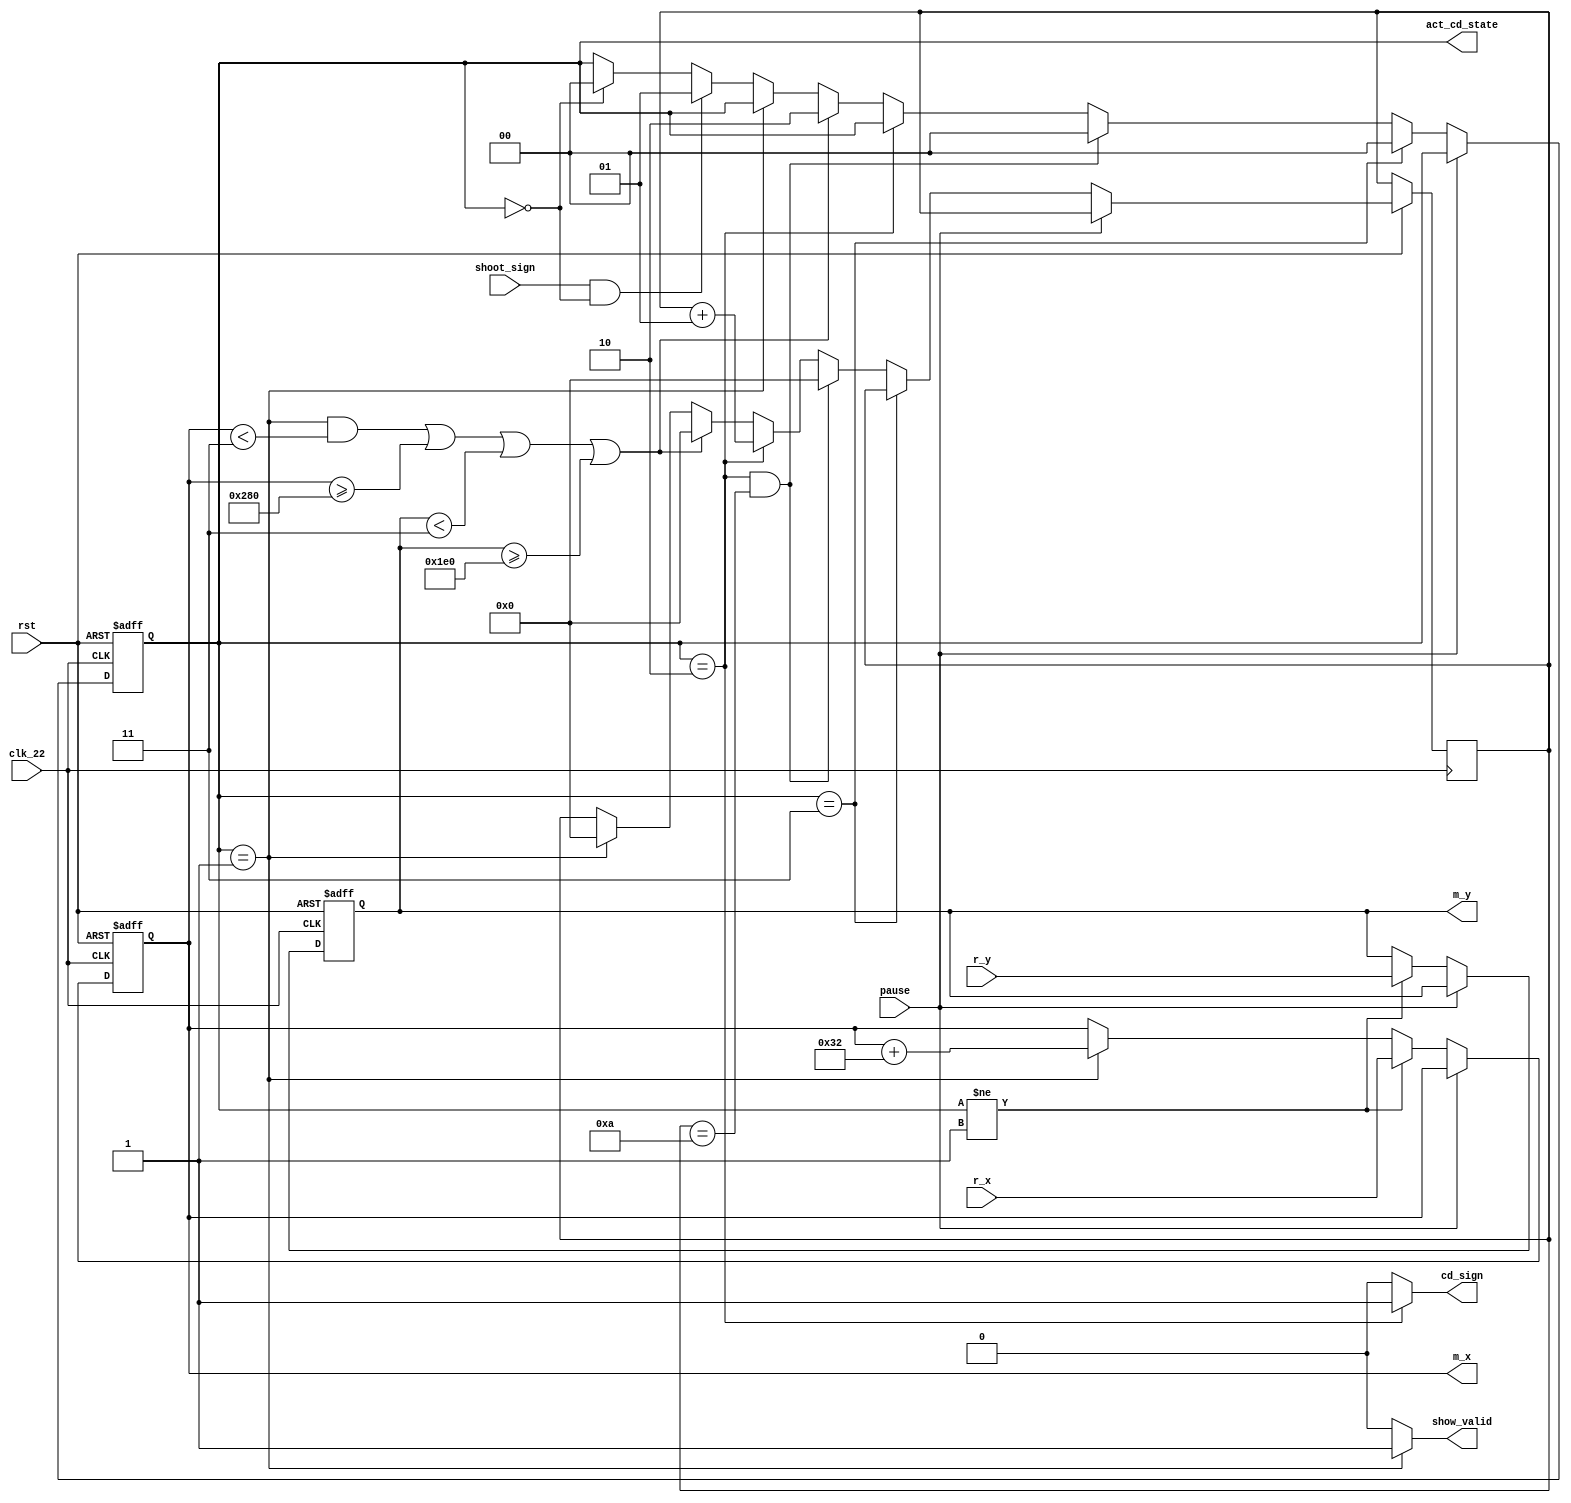
`timescale 1ns / 1ps
//////////////////////////////////////////////////////////////////////////////////
// Company: 
// Engineer: 
// 
// Design Name: 
// Module Name: Dragon_move
// Project Name: 
// Target Devices: 
// Tool Versions: 
// Description: 
// 
// Dependencies: 
// 
// Revision:
// Revision 0.01 - File Created
// Additional Comments:
// 
//////////////////////////////////////////////////////////////////////////////////


module Missile_move(clk_22, pause, rst, r_x, r_y, m_x, m_y, show_valid, cd_sign, shoot_sign, act_cd_state);
input clk_22, rst, shoot_sign, pause;
input [9:0]r_x, r_y;      // robot's pos
output reg [9:0]m_x, m_y; // now poition, with left up
output reg show_valid;    // if not in shootind mode(act_cd_state == 2'b01) --> not show.
output reg cd_sign;       // reload time


output reg [1:0]act_cd_state; 
// 3 status: 00: ready to fire, 01: firing, 10: reload(cd). No 11 states.

integer cd_cnt; // 10 ;

// from right up to down left
always @* begin  
    show_valid = (act_cd_state == 2'b01)? 1:0;
    cd_sign = (act_cd_state == 2'b10)? 1:0;// in cd status
end


always @(posedge clk_22 or negedge rst)
    if (~rst) begin
        m_x <= 10'd100; // init poition
        m_y <= 10'd140;
    end else if (pause) begin // if pause, don't move;
        m_x <= m_x;
        m_y <= m_y;
    end else if (act_cd_state != 2'b01) begin // not in firing status
        m_x <= r_x; // move with robot
        m_y <= r_y;
    end else if (act_cd_state == 2'b01)begin // firing, move to right umtil touch the board
        m_x <= m_x + 10'd50; // fast speed
        m_y <= m_y;
    end


always @(posedge clk_22 or negedge rst)
    if (~rst) begin
        act_cd_state <= 2'b00;// init, no fire
    end else if (pause) begin // pause, maintain to right now staus
        act_cd_state <= act_cd_state;
        cd_cnt <= cd_cnt;
    end else if (act_cd_state == 2'b11) begin // avoid error status
        act_cd_state <= 2'b00;
    end else if (act_cd_state == 2'b10 && cd_cnt == 10) begin
    // reload done, back to ready to fire status.
        act_cd_state <= 2'b00;
        cd_cnt <= 0;
    end else if (act_cd_state == 2'b10) begin // else, still in reload status
        act_cd_state <= act_cd_state;
        cd_cnt <= cd_cnt + 1; //  contiu. count
    // if it's in firing staus and touch board --> end firing status, into reload status
    end else if (act_cd_state == 2'b01 && m_x < 3 || m_x >= 640 || m_y < 3 || m_y >= 480) begin // touch board
        act_cd_state <= 2'b10;
        cd_cnt <= 0;
    end else if (act_cd_state == 2'b01) begin // maintain in firing status
        act_cd_state <= act_cd_state;
        cd_cnt <= 0;
    end else if (shoot_sign && act_cd_state == 2'b00) begin // active missile
        act_cd_state <= 2'b01;
        cd_cnt <= cd_cnt;
    end else if (act_cd_state == 2'b00)begin // maintain in unactive status(ready to fire status)
        act_cd_state <= 2'b00;
        cd_cnt <= cd_cnt;
    end else begin
        act_cd_state <= act_cd_state;
        cd_cnt <= cd_cnt;
    end    

endmodule